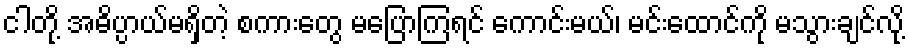
ငါတို့ အဓိပ္ပာယ်မရှိတဲ့ စကားတွေ မပြောကြရင် ကောင်းမယ်၊ မင်းထောင်ကို မသွားချင်လို့